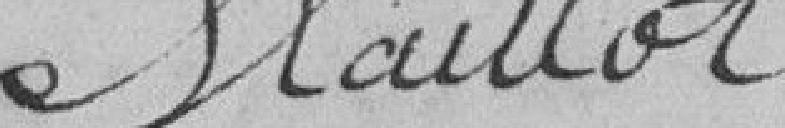
Maillot